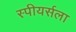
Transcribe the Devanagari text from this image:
स्पीयर्सला